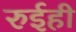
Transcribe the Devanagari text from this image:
रुईही